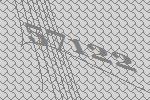
57122